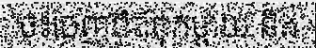
ចុះចេញពីឪពុកម្តាយ និង